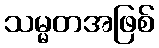
သမ္မတအဖြစ်